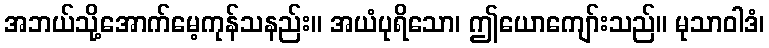
အဘယ်သို့အောက်မေ့ကုန်သနည်း။ အယံပုရိသော၊ ဤယောကျော်းသည်။ မုသာဝါဒံ၊